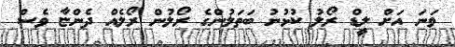
ވަނަ އަށް ލީޑް ރޯލު ކުޅުނު ބަތަލުންގެ ރޯލުން ރޯލެއް ދެންޏާ ވެސް